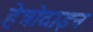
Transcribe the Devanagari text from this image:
हेत्रोदाइन